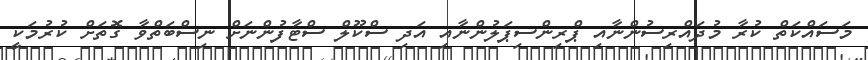
މަސައްކަތް ކުރާ މުދައްރިސުންނާއި ޕްރިންސިޕަލުންނާއި އަދި ސްކޫލް ސްޓާފުންނަށް ނިސްބަތްވާ ގޮތަށް ކުރުމަކީ